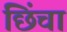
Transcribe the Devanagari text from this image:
छिंचा